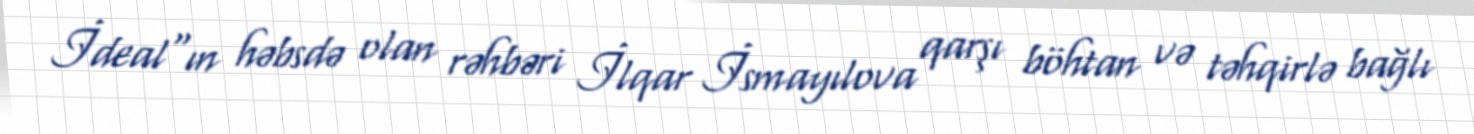
İdeal"ın həbsdə olan rəhbəri İlqar İsmayılova qarşı böhtan və təhqirlə bağlı